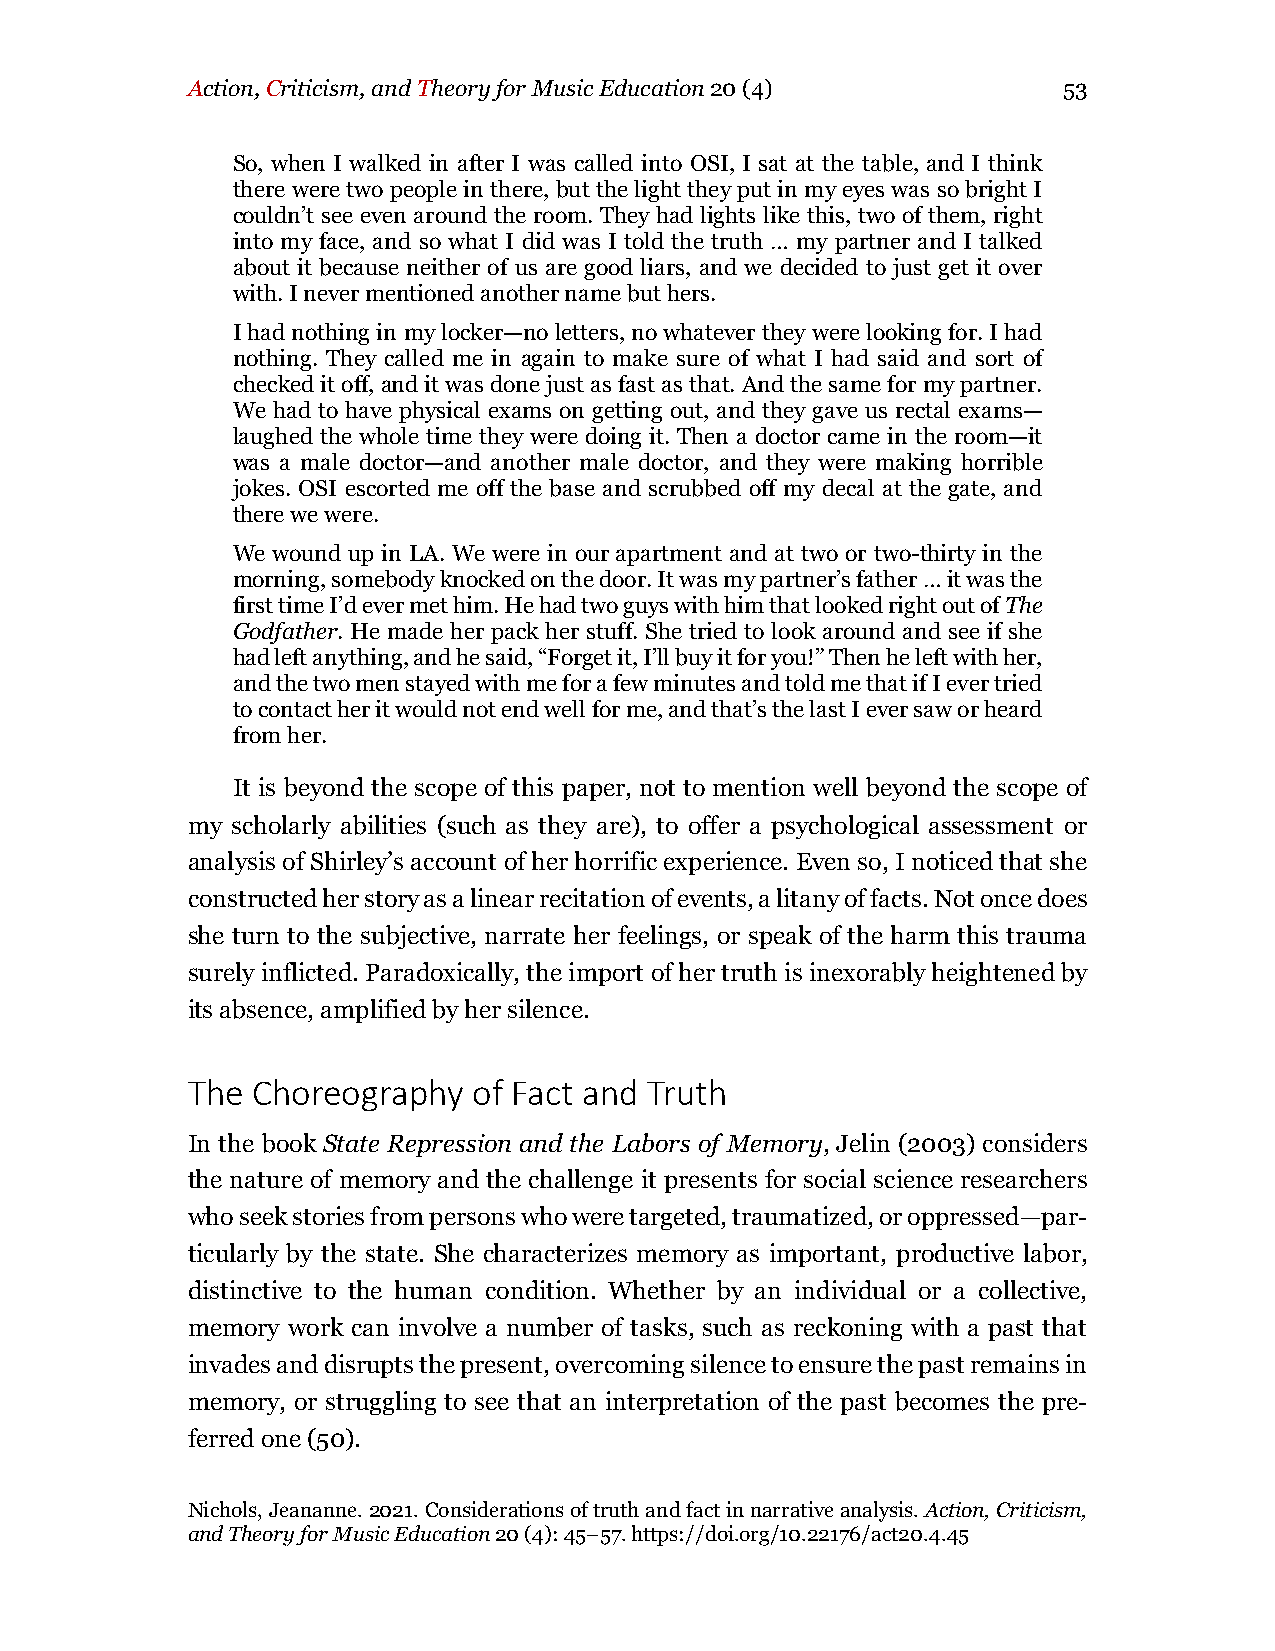
Action, Criticism, and Theory for Music Education 20 (4)  53
 So, when I walked in after I was called into OSI, I sat at the table, and I think
 there were two people in there, but the light they put in my eyes was so bright I
 couldn’t see even around the room. They had lights like this, two of them, right
 into my face, and so what I did was I told the truth … my partner and I talked
 about it because neither of us are good liars, and we decided to just get it over
 with. I never mentioned another name but hers.
 I had nothing in my locker—no letters, no whatever they were looking for. I had
 nothing. They called me in again to make sure of what I had said and sort of
 checked it off, and it was done just as fast as that. And the same for my partner.
 We had to have physical exams on getting out, and they gave us rectal exams—
 laughed the whole time they were doing it. Then a doctor came in the room—it
 was a male doctor—and another male doctor, and they were making horrible
 jokes. OSI escorted me off the base and scrubbed off my decal at the gate, and
 there we were.
 We wound up in LA. We were in our apartment and at two or two-thirty in the
 morning, somebody knocked on the door. It was my partner’s father … it was the
 first time I’d ever met him. He had two guys with him that looked right out of The
 Godfather. He made her pack her stuff. She tried to look around and see if she
 had left anything, and he said, “Forget it, I’ll buy it for you!” Then he left with her,
 and the two men stayed with me for a few minutes and told me that if I ever tried
 to contact her it would not end well for me, and that’s the last I ever saw or heard
 from her.
 It is beyond the scope of this paper, not to mention well beyond the scope of
 my scholarly abilities (such as they are), to offer a psychological assessment or
 analysis of Shirley’s account of her horrific experience. Even so, I noticed that she
 constructed her story as a linear recitation of events, a litany of facts. Not once does
 she turn to the subjective, narrate her feelings, or speak of the harm this trauma
 surely inflicted. Paradoxically, the import of her truth is inexorably heightened by
 its absence, amplified by her silence.
 The  Choreography  of Fact and Truth
 In the book State Repression and the Labors of Memory, Jelin (2003) considers
 the nature of memory and the challenge it presents for social science researchers
 who seek stories from persons who were targeted, traumatized, or oppressed—par-
 ticularly by the state. She characterizes memory as important, productive labor,
 distinctive to the human condition. Whether by an individual or a collective,
 memory work can involve a number of tasks, such as reckoning with a past that
 invades and disrupts the present, overcoming silence to ensure the past remains in
 memory, or struggling to see that an interpretation of the past becomes the pre-
 ferred one (50).
 Nichols, Jeananne. 2021. Considerations of truth and fact in narrative analysis. Action, Criticism,
 and Theory for Music Education 20 (4): 45–57. https://doi.org/10.22176/act20.4.45